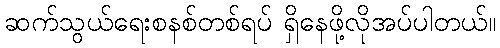
ဆက်သွယ်ရေးစနစ်တစ်ရပ် ရှိနေဖို့လိုအပ်ပါတယ်။